Leaving Certificate Examination, 1919
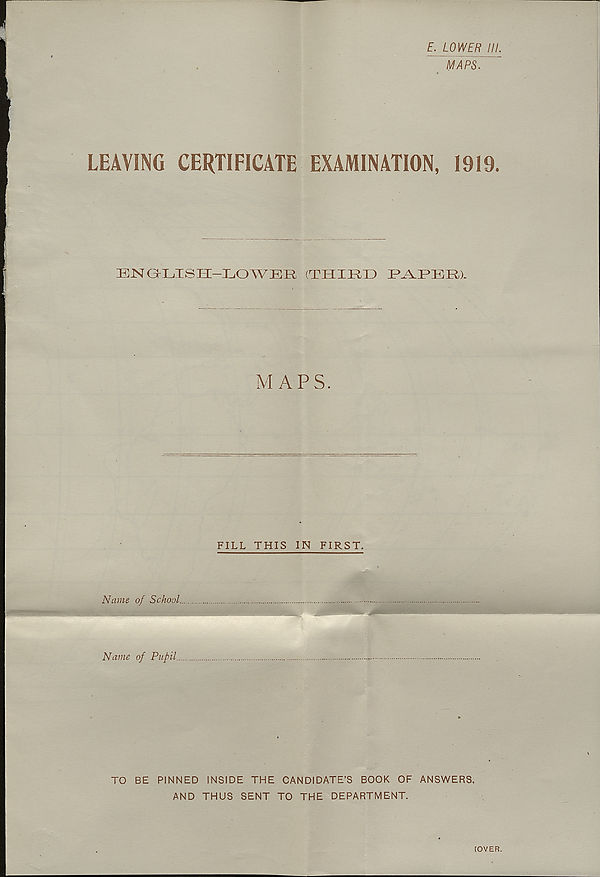
E._LOWER III.
MAPS. ~
LEAVING CERTIFICATE EXAMINATION,
1919.
ENGLISH-LOWER (THIRD RARER).
MAPS.
FILL THIS IN FIRST.
Name of School.
Name of Pupil.
TO BE PINNED INSIDE THE CANDIDATE’S BOOK OF ANSWERS.
AND THUS SENT TO THE DEPARTMENT.